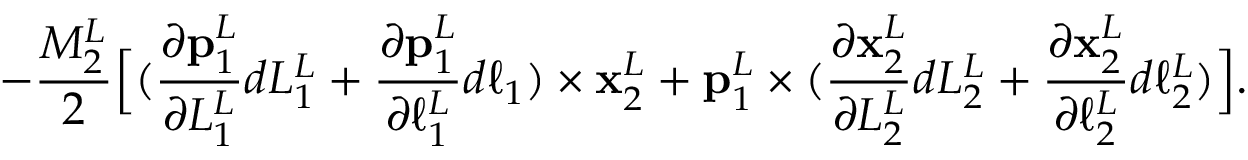
- \frac { M _ { 2 } ^ { L } } { 2 } \Big [ ( \frac { \partial \mathbf { p } _ { 1 } ^ { L } } { \partial L _ { 1 } ^ { L } } d L _ { 1 } ^ { L } + \frac { \partial \mathbf { p } _ { 1 } ^ { L } } { \partial \ell _ { 1 } ^ { L } } d \ell _ { 1 } ) \times \mathbf { x } _ { 2 } ^ { L } + \mathbf { p } _ { 1 } ^ { L } \times ( \frac { \partial \mathbf { x } _ { 2 } ^ { L } } { \partial L _ { 2 } ^ { L } } d L _ { 2 } ^ { L } + \frac { \partial \mathbf { x } _ { 2 } ^ { L } } { \partial \ell _ { 2 } ^ { L } } d \ell _ { 2 } ^ { L } ) \Big ] .